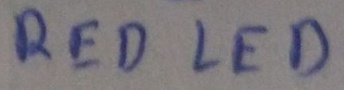
Text: RED LED